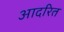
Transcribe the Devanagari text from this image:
आदरित